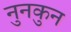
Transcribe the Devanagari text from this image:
नुनकुन